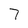
Character: 7